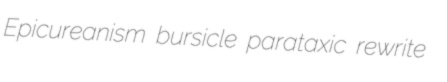
Epicureanism bursicle parataxic rewrite